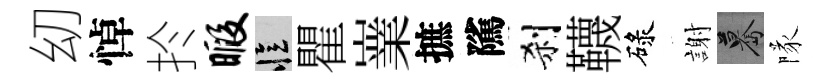
㓜悼扵暇忆瞿嶪摭隲刹韈碌謝驀隊